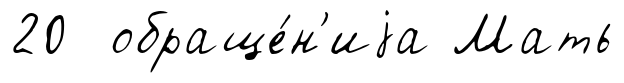
20 обраще́н'иjа Мать